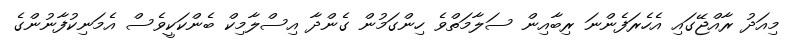
މިއަދު ރާއްޖޭގައި އެހެރަފެންނަ ރިބާއިން ސަލާމަތްވެ ހިންގަމުން ގެންދާ އިސްލާމިކް ބެންކަކީވެސް އެމަނިކުފާނުންގެ